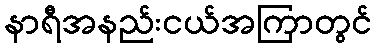
နာရီအနည်းငယ်အကြာတွင်